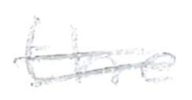
Text: the
Cross-out: double-line
Writing tool: pencil